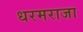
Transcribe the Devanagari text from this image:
धरमराजा